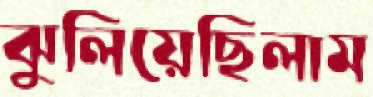
ঝুলিয়েছিলাম